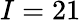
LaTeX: I=21